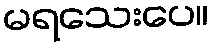
မရသေးပေ။